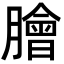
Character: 膾